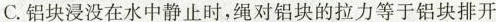
C.铝块浸没在水中静止时，绳对铝块的拉力等于铝块排开